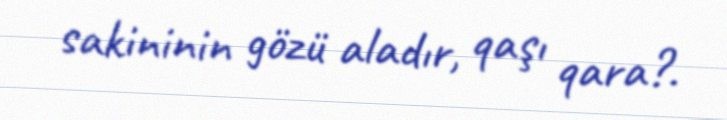
sakininin gözü aladır, qaşı qara?.